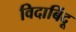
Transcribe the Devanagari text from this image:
विदाबिंदू